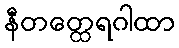
နီတတ္ထေရဂါထာ